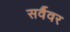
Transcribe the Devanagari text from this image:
सर्वैवर